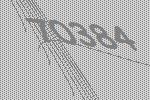
70384